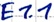
Text: E1.1